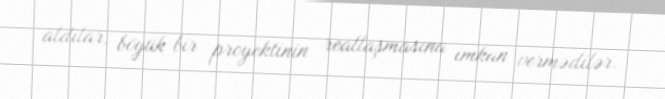
aldılar, böyük bir proyektinin reallaşmasına imkan vermədilər.